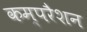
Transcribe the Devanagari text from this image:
कम्परैशन